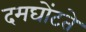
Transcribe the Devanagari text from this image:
दमघोंटते